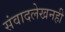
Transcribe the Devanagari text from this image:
संवादलेखनही